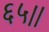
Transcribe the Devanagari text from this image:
६५।।